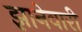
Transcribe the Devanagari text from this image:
झानेवारी